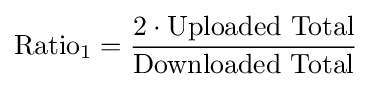
{\textrm {Ratio}}_{1}={\frac {2\cdot {\text{Uploaded Total}}}{\text{Downloaded Total}}}